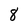
Character: 8